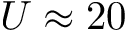
U \approx 2 0